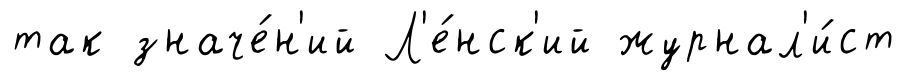
так значе́н'ий Л'е́нск'ий журнал'и́ст